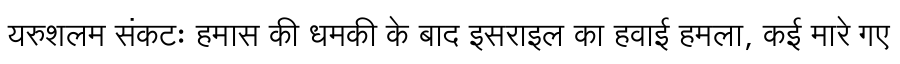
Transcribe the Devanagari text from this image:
यरुशलम संकटः हमास की धमकी के बाद इसराइल का हवाई हमला, कई मारे गए